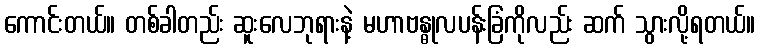
ကောင်းတယ်။ တစ်ခါတည်း ဆူးလေဘုရားနဲ့ မဟာဗန္ဓုလပန်းခြံကိုလည်း ဆက် သွားလို့ရတယ်။